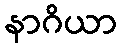
နာဂိယာ